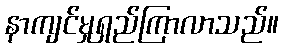
နာကျင်မှုရှည်ကြာလာသည်။